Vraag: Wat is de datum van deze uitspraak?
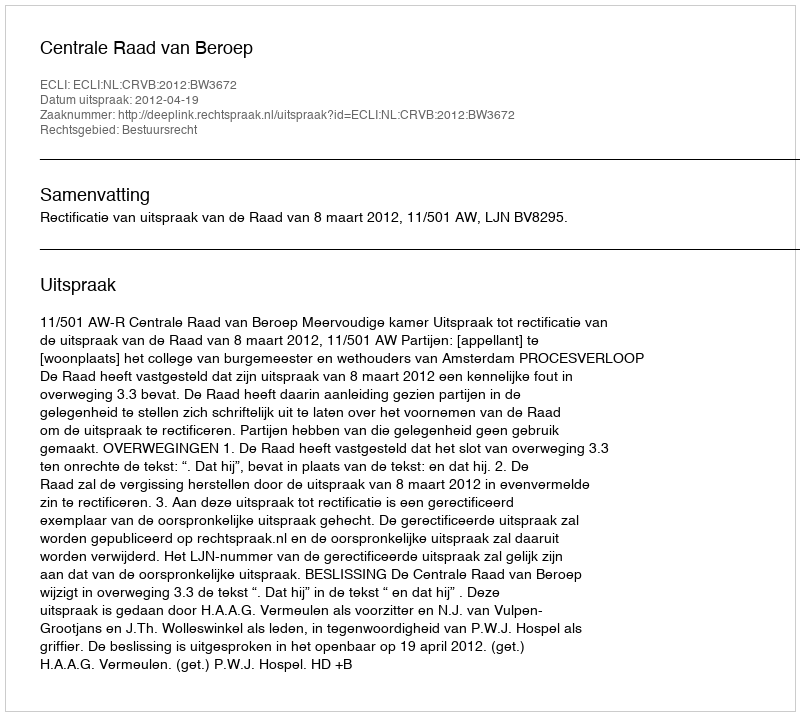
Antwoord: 2012-04-19